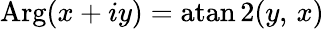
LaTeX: \operatorname{Arg}(x+iy)=\operatorname{atan2}(y,\, x)